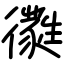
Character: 㣸